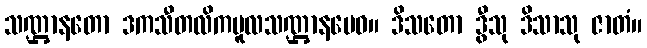
သဏ္ဌာနတော ဒကသီတလိကမူလသဏ္ဌာနမေဝ။ ဒိသတော ဒွီသု ဒိသာသု ဇာတံ။